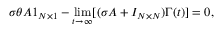
\sigma \theta A \boldsymbol { 1 } _ { N \times 1 } - \operatorname* { l i m } _ { t \to \infty } [ ( \sigma A + I _ { N \times N } ) \boldsymbol { \Gamma } ( t ) ] = 0 ,